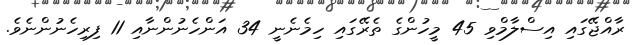
ރާއްޖޭގައި އިސްލާމްވި 45 މީހުންގެ ތެރޭގައި ހިމެނެނީ 34 އަންހެނުންނާއި 11 ފިރިހެނުންނެވެ.